Report of the Bombay Veterinary College
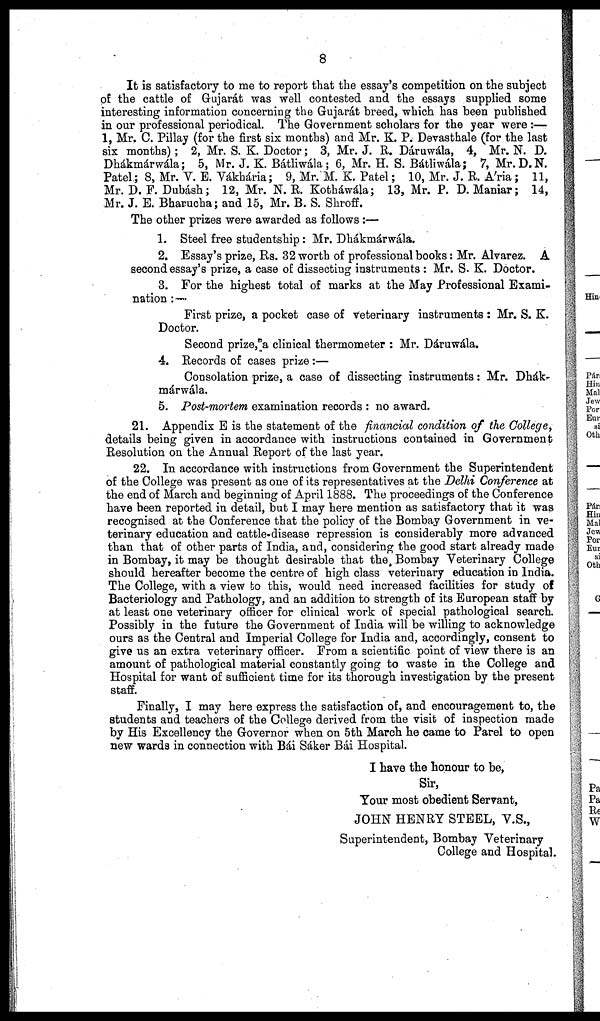
8
It is satisfactory to me to report that the essay's competition on the subject
of the cattle of Gujarát was well contested and the essays supplied some
interesting information concerning the Gujarát breed, which has been published
in our professional periodical. The Government scholars for the year were:—
1, Mr. C. Pillay (for the first six months) and Mr. K. P. Devasthale (for the last
six months); 2, Mr. S. K. Doctor; 3, Mr. J. R. Dáruwála, 4, Mr. N. D.
Dhákmárwála; 5, Mr. J. K. Bátliwála; 6, Mr. H. S. Bátliwála; 7, Mr.D.N.
Patel; 8, Mr. V. E. Vákhária; 9, Mr. M. K. Patel; 10, Mr. J. R. A'ria; 11,
Mr. D. F. Dubásh; 12, Mr. N. R. Kotháwála; 13, Mr. P. D. Maniar; 14,
Mr. J. E. Bharucha; and 15, Mr. B. S. Shroff.
The other prizes were awarded as follows:—
1. Steel free studentship: Mr. Dhákmárwála.
2. Essay's prize, Rs. 32 worth of professional books: Mr. Alvarez. A
second essay's prize, a case of dissecting instruments : Mr. S. K. Doctor.
3. For the highest total of marks at the May Professional Exami-
nation :—
First prize, a pocket case of veterinary instruments: Mr. S. K.
Doctor.
Second prize, a clinical thermometer : Mr. Dáruwála.
4. Records of cases prize:—
Consolation prize, a case of dissecting instruments: Mr. Dhák¬
márwála.
5. Post-mortem examination records : no award.
21. Appendix E is the statement of the financial condition of the College,
details being given in accordance with instructions contained in Government
Resolution on the Annual Report of the last year.
22. In accordance with instructions from Government the Superintendent
of the College was present as one of its representatives at the Delhi Conference at
the end of March and beginning of April 1888. The proceedings of the Conference
have been reported in detail, but I may here mention as satisfactory that it was
recognised at the Conference that the policy of the Bombay Government in ve-
terinary education and cattle-disease repression is considerably more advanced
than that of other parts of India, and, considering the good start already made
in Bombay, it may be thought desirable that the, Bombay Veterinary College
should hereafter become the centre of high class veterinary education in India.
The College, with a view to this, would need increased facilities for study of
Bacteriology and Pathology, and an addition to strength of its European staff by
at least one veterinary officer for clinical work of special pathological search.
Possibly in the future the Government of India will be willing to acknowledge
ours as the Central and Imperial College for India and, accordingly, consent to
give us an extra veterinary officer. From a scientific point of view there is an
amount of pathological material constantly going to waste in the College and
Hospital for want of sufficient time for its thorough investigation by the present
staff.
Finally, I may here express the satisfaction of, and encouragement to, the
students and teachers of the College derived from the visit of inspection made
by His Excellency the Governor when on 5th March he came to Parel to open
new wards in connection with Bái Sáker Bái Hospital.
I have the honour to be,
Sir,
Your most obedient Servant,
JOHN HENRY STEEL, V.S.,
Superintendent, Bombay Veterinary
College and Hospital.